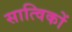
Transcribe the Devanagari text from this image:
सात्विकों